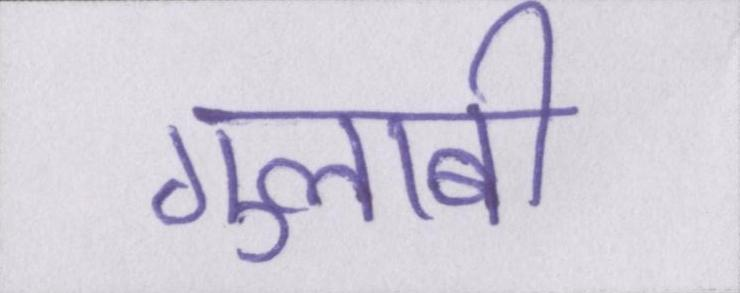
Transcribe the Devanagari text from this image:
गुलाबी